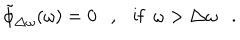
\tilde { \phi } _ { \triangle \omega } ( \omega ) = 0 , \mathrm { i f } ~ ~ \omega > \triangle \omega .